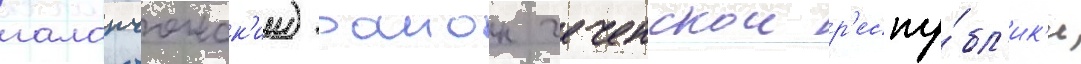
галанчожск'ии) раион чеченскои р'еспу́бл'ик'и